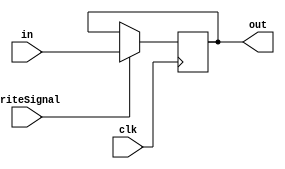
module Register(clk,WriteSignal,in,out);//Writeclk
    input clk;
    input WriteSignal;
    input[31:0] in;
    output reg [31:0] out;

    always@(negedge clk)//
        begin
            out <= (WriteSignal == 1) ? in : out;
        end
endmodule